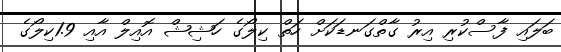
ބަލައި ފާސްކުރި އިރު ގާތްގަނޑަކަށް ހަތް ކިލޯގެ ހަޝިޝް އޮއިލް އާއި 1.9ކިލޯގެ